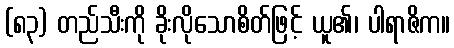
(၈၃) တည်သီးကို ခိုးလိုသောစိတ်ဖြင့် ယူ၏၊ ပါရာဇိက။